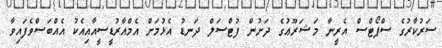
ސަރުކާރުގެ ސްޕޯޓްސް އެރީނާ މަޝަރޫޢުގެ ދަށުން ފުޓްސަލް ދަނޑު އެޅުމަށް އެމްއާރުޑީސީއާއިއެކު އެއްބަސްވެފައިވާ